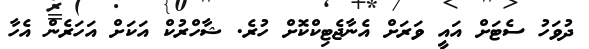
ދުވަހު ސެޓަށް އައީ ވަރަށް އެނާޖެޓިކްކޮށް ހުރެ. ޝާހްރުކް އަކަށް އަހަރެން އެހާ